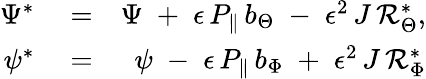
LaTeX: \begin{array}{rlr}{\Psi^{*}}&{{}=}&{\Psi\; +\; \epsilon\, P_{\parallel}\, b_{\Theta}\; -\; \epsilon^{2}\, J\, {\cal R}_{\Theta}^{*},}\\ {\psi^{*}}&{{}=}&{\psi\; -\; \epsilon\, P_{\parallel}\, b_{\Phi}\; +\; \epsilon^{2}\, J\, {\cal R}_{\Phi}^{*}}\end{array}